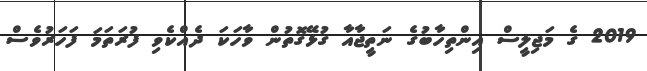
2019 ގެ މަޖިލީސް އިންތިހާބުގެ ނަތީޖާއާ ގުޅޭގޮތުން ވާހަކަ ދެއްކެވި ފުރަތަމަ ފަހަރުވެސް